Annual administration report of the Bombay Presidency - 1887-1892
Year: 1887
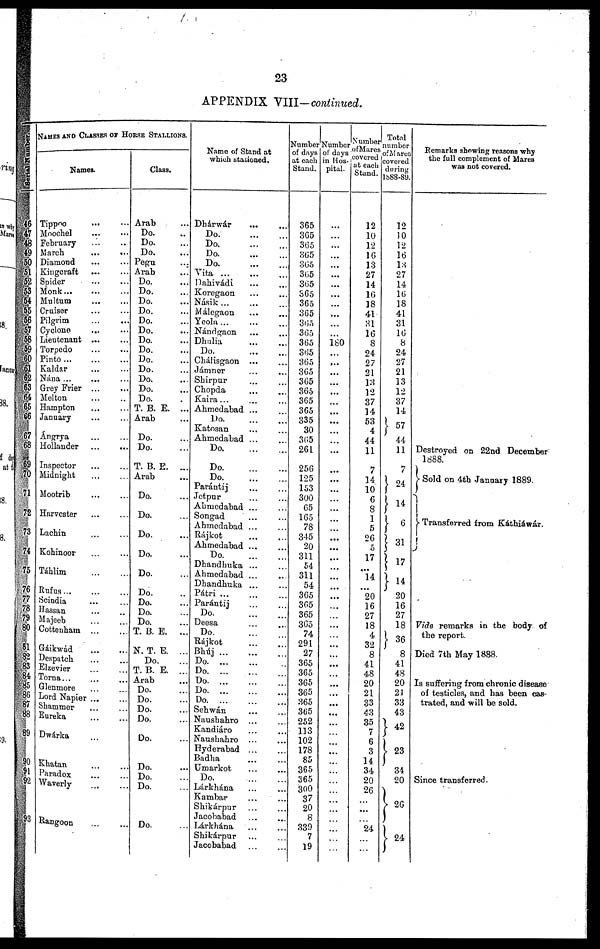
23
APPENDIX VIII—continued.
Serial Number.
46
47
48
49
50
51
52
53
54
55
56
57
58
59
60
61
62
63
64
65
66
67
68
69
70
71
72
73
74
75
76
77
78
79
80
81
82
83
84
85
86
87
88
89
90
91
92
93
NAMES AND CLASSES OF HORSE STALLIONS.
Names.
Tippoo
...
...
Moochel ... ...
February
...
...
March ... ...
Diamond ... ...
Kingcraft ... ...
Spider
...
...
Monk ... ...
Multum
...
...
Cruiser ... ...
Pilgrim ... ...
Cyclone ... ...
Lieutenant ... ...
Torpedo ... ...
Pinto
...
...
...
Kaldar ... ...
Nána ... ... ...
Grey Frier ... ...
Melton ... ...
Hampton ... ...
January ... ...
Ángrya ... ...
Hollander
...
...
Inspector ... ...
Midnight
...
...
Mootrib ... ...
Harvester ... ...
Lachin ... ...
Kohinoor ... ...
Táhlim ... ...
Rufus ... ... ...
Scindia ... ...
Hassan ... ...
Majeeb ... ...
Cottenham ... ...
Gáikwád ... ...
Despatch ... ...
Elzevier ... ...
Torna ... ... ...
Glenmore ... ...
Lord Napier
...
...
Shammer ... ...
Eureka ... ...
Dwárka ... ...
Khatan ... ...
Paradox ... ...
Waverly ... ...
Rangoon ... ...
Class.
Arab ...
Do. ...
Do. ...
Do. ...
Pegu ...
Arab ...
Do. ...
Do. ...
Do. ...
Do. ...
Do. ...
Do. ...
Do. ...
Do. ...
Do. ...
Do. ...
Do. ...
Do. ...
Do. .
T. B. E. ...
Arab ...
Do. ...
Do. ...
T. B. E. ...
Arab ...
Do. ...
Do. ...
Do. ...
Do. ...
Do. ...
Do. ...
Do. ...
Do. ...
Do. ...
T. B. E. ...
N. T. E. ...
Do. ...
T. B. E. ...
Arab ...
Do. ...
Do. ...
Do. ...
Do. ...
Do. ...
Do. ...
Do. ...
Do. ...
Do. ...
Name of Stand at
which stationed.
Dhárwár
... ...
Do. ... ...
Do. ... ...
Do. ... ...
Do. ... ...
Vita
...
...
...
Dahivádi ... ...
Koregaon ... ...
Násik ... ... ...
Málegaon ... ...
Yeola
...
...
...
Nándgaon ... ...
Dhulia ... ...
Do.
...
...
Chálisgaon ... ...
Jámner ... ...
Shirpur ... ...
Chopda ... ...
Kaira ... ... ...
Ahmedabad ... ...
Do.
...
...
Katosan ... ...
Ahmedabad ... ...
Do.
...
...
Do.
...
...
Do.
...
...
Parántíj ... ...
Jetpur ... ...
Ahmedabad ... ...
Songad ... ...
Ahmedabad ... ...
Rájkot ... ...
Ahmedabad ... ...
Do.
...
...
Dhandhuka ... ...
Ahmedabad ... ...
Dhandhuka ... ...
Pátri
...
...
...
Parántij ... ...
Do. ... ...
Deesa ... ...
Do. ... ...
Rájkot ... ...
Bhúj ... ... ...
Do.
...
...
...
Do. ... ... ...
Do.
...
...
...
Do. ... ... ...
Do.
...
...
...
Sehwán ... ...
Naushahro ... ...
Kandiáro ... ...
Naushahro ... ...
Hyderabad ... ...
Badha
...
...
Umarkot
...
...
Do. ... ...
Lárkhána ... ...
Kambar ... ...
Shikárpur ... ...
Jacobabad ... ...
Lárkhána ... ...
Shikárpur ... ...
Jacobabad ... ...
Number
of days
at each
Stand.
365
365
365
365
365
365
365
365
365
365
365
365
365
365
365
365
365
365
365
365
335
30
365
261
256
125
153
300
65
165
78
345
20
311
54
311
54
365
365
365
365
74
291
27
365
365
365
365
365
365
252
113
102
178
85
365
365
300
37
20
8
339
7
19
Number
of days
in Hos-
pital.
...
...
...
...
...
...
...
...
...
...
...
...
180
...
...
...
...
...
...
...
...
...
...
...
...
...
...
...
...
...
...
...
...
...
...
...
...
...
...
...
...
...
...
...
...
...
...
...
...
...
...
...
...
...
...
...
...
...
...
...
...
...
...
...
Number
of Mares
covered
at each
Stand.
12
10
12
16
13
27
14
16
18
41
31
16
8
24
27
21
13
12
37
14
53
4
44
11
7
14
10
6
8
1
5
26
5
17
...
14
...
20
16
27
18
4
32
8
41
48
20
21
33
43
35
7
6
3
14
34
20
26
...
...
...
24
...
...
Total
number
of Mares
covered
during
1888-89.
12
10
12
16
13
27
14
16
18
41
31
16
8
24
27
21
13
12
37
14
57
44
11
7
24
14
6
31
17
14
20
16
27
18
36
8
41 48
20
21
33
43
42
23
34
20
26
24
Remarks showing reasons why
the full complement of Mares
was not covered.
Destroyed on 22nd December
1888.
Sold on 4th January 1889.
Transferred from Káthiáwár.
Vide remarks in the body of
the report.
Died 7th May 1888.
Is suffering from chronic disease
of testicles, and has been cas-
trated, and will be sold.
Since transferred.